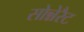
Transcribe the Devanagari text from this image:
सोन्नेरैट